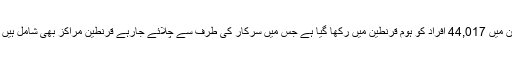
ان میں 44,017 اَفراد کو ہوم قرنطین میں رکھا گیا ہے جس میں سرکار کی طرف سے چلائے جارہے قرنطین مراکز بھی شامل ہیں ۔